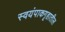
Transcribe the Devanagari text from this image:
स्वयंपाकगृहातील